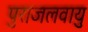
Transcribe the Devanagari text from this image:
पुराजलवायु